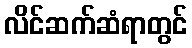
လိင်ဆက်ဆံရာတွင်